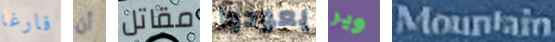
فارغا أن مقاتل يعودوا وير Mountain